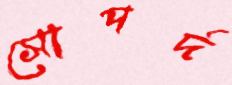
সোপর্দ